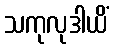
သကုလုဒါယိံ